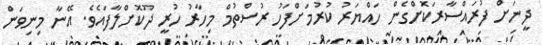
ދީނަށް ފުރައްސާރަކޮށްގެން ހައްޔަރު ކުރުމަށްފަހު ރުސްތުމް މިހާރު ހުރީ ދޫކޮށްލާފައެވެ. އޭނާ މިނިވަން